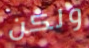
ولكن